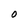
Character: O